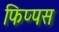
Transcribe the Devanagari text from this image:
फिप्पस